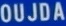
OUJDA